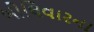
બોલિવારના